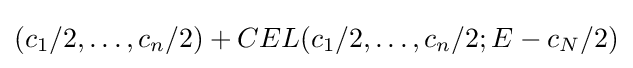
(c_{1}/2,\ldots ,c_{n}/2)+CEL(c_{1}/2,\ldots ,c_{n}/2;E-c_{N}/2)